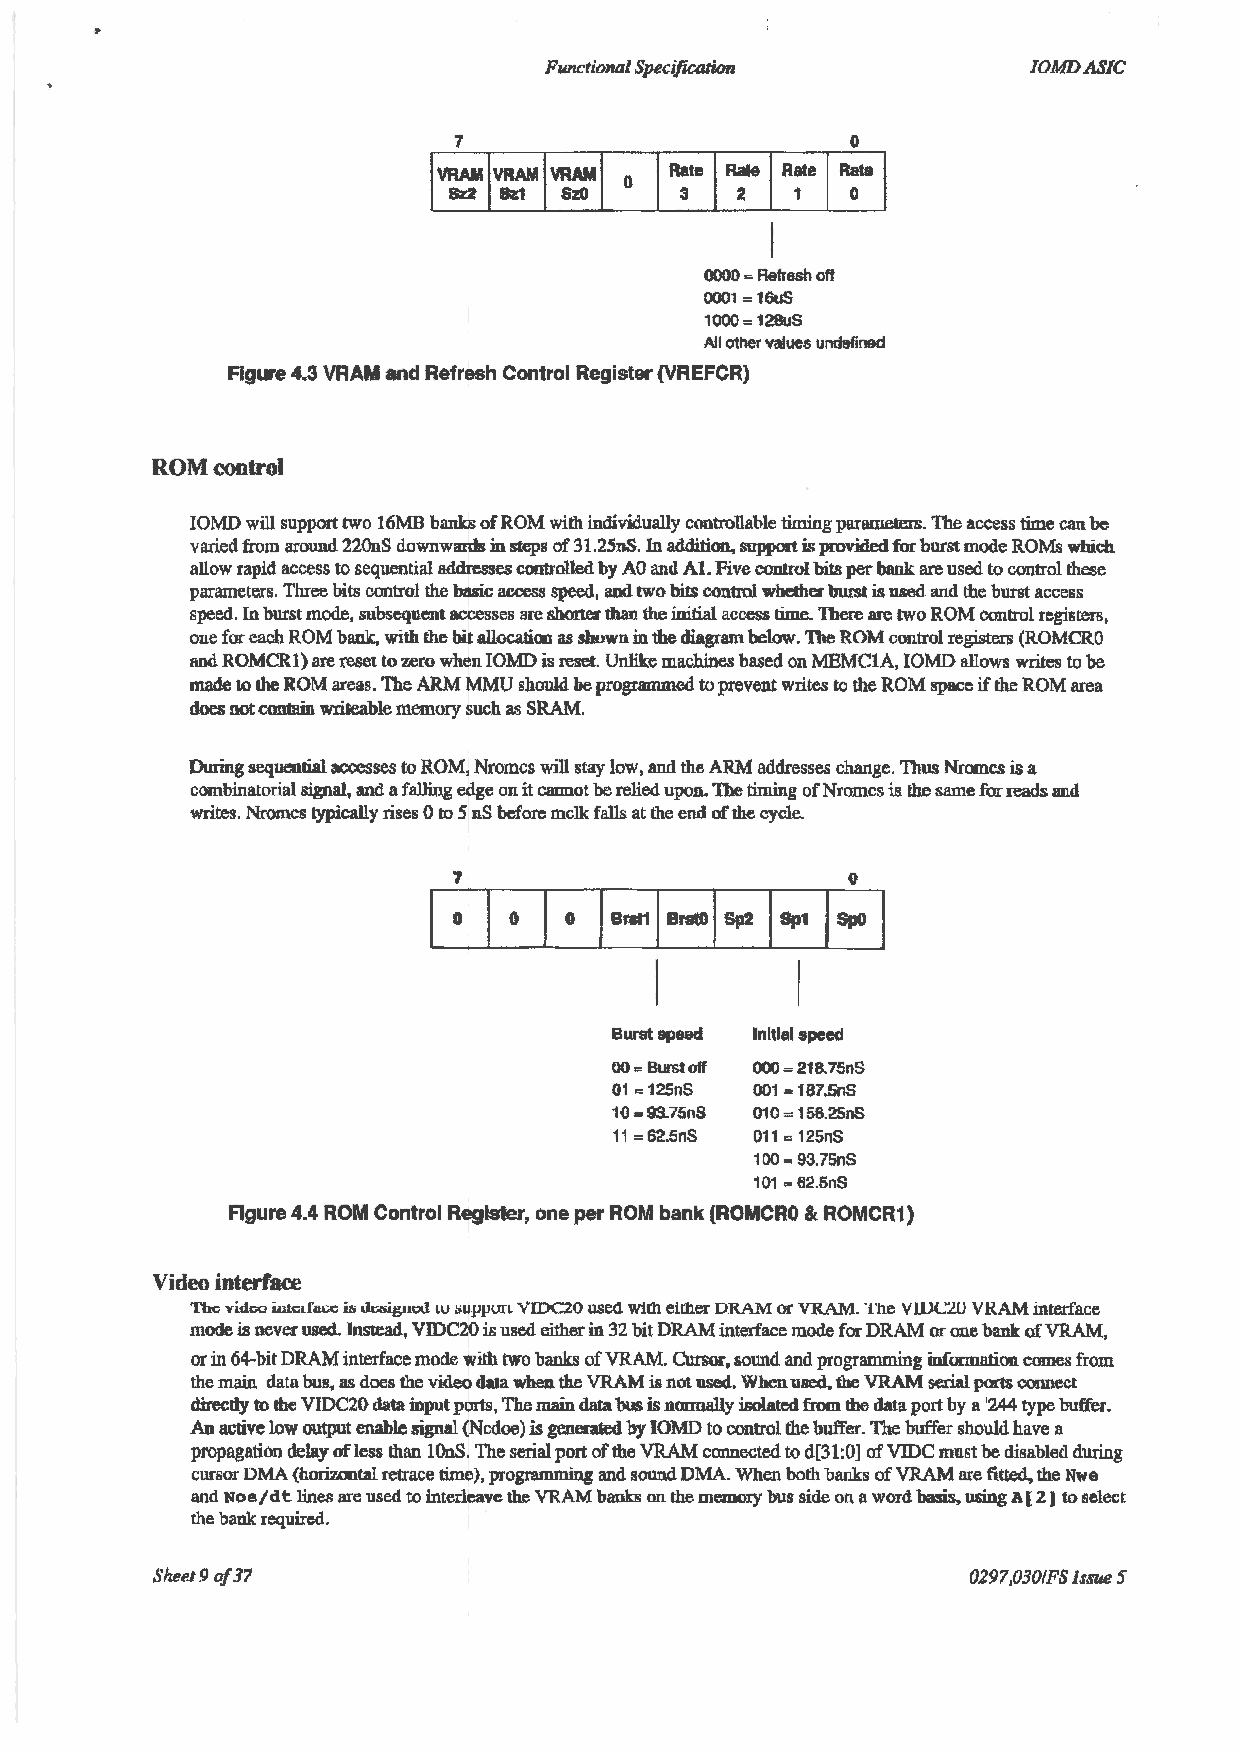
Functional Specification        IOMDASIC
 7                         0
 0000 = Refresh off
 0001 = 16uS
 1000= 128uS
 All other values und~tfined
 Figure 4.3 VRAM and Refresh Control Register (VREFCR)
 ROM control
 IOMD will support two 16MB banks of ROM with individually controllable timing parameters. The access time can be
 varied from around 220nS downwards in steps of 31.25nS. In addition, support is provided for burst mode ROMs which
 allow rapid access to sequential addresses controlled by AO and AI. Five conttol bits per bank are used to control these
 parameters. Three bits control the basic access speed, and two bits control whether burst is used and the burst access
 speed. In burst mode, subsequent accesses are shorter than the initial access time. There are two ROM control registers,
 one for each ROM bank, with the bit allocation as shown in the diagram below. The ROM control registers (ROMCRO
 and ROMCRl) are reset to zero when IOMD is reset. Unlike machines based on MEMClA, IOMD allows writes to be
 made to the ROM areas. The ARM MMU should be progrliiilllled to prevent writes to the ROM space if the ROM area
 does not contain writeable memory such as SRAM.
 During sequential acoesses to ROM, Nromcs will stay low, and the ARM addresses change. Thus Nromcs is a
 combinatorial signal, and a falling edge on it cannot be relied upon. The timing of Nromcs is the same for reads and
 writes. Nromcs typically rises 0 to 5 nS before melle falls at the end of the cycle.
 7                         0
 Burst speed Initial speed
 oo = Burst off 000 = 218.75nS
 01 = 125nS 001 = 1B 7.5nS
 10 ·93.75nS 010 = 158.25nS
 11 = 62.5nS 011 = 125nS
 1 00 ~ 93. 75nS
 101 ~ 62.5nS
 Agure 4.4 ROM Control Register, one per ROM bank (ROMCRO & ROMCR1)
 Video interface
 The vidoo iutcrf.u;e i:s u<;«lgnt>J tu :mppun VIDC20 use<l wilh eil:ller DRAM or VRAM. The VW <.:2U V RAM interface
 mode is never used. Instead, VIDC20 is used either in 32 bit DRAM interface mode for DRAM or one bank of VRAM,
 or in 64-bit DRAM interface mode with two banks ofVRAM. Cursor, sound and programming iuformation comes from
 the main data bus, as does the video data when the VRAM is not used. When -used, the VRAM serial ports connect
 directly to lhe VIDC20 data input ports, The main data bus is normally isolated from the data port by a '244 type buffer.
 An active low output enable signal (Ncdoe) is generated hy IOMD to control the buffer. The buffer should have a
 propagation delay ofless than IOnS. The serial port of the VRAM connected to d[31:0] af VIDC must be disabled during
 cursor DMA (horizontal retrace time), programming and sound DMA. When both banks of VRAM are fitte~ the Nwe
 and Noe/dt lines are used to interleave the VRAM bankE on the memory bus side on a word basis, using A( 2) to select
 the bank required.
 Sheet9 of37                                           0297,030/FS issue 5